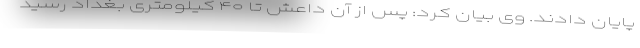
پایان دادند. وی بیان کرد: پس از آن داعش تا ۴۰ کیلومتری بغداد رسید